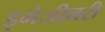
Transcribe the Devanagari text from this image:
इमेजीनरी